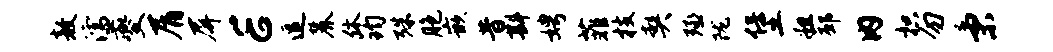
敖濡夔屑屏E逗麓休钧殊胞嵌昔斟娉菲枝契殛陇堡粗邳内枳勿秉